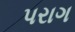
પરાગ